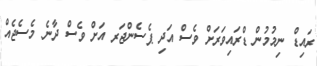
ރައިޑް ނިމުމުން ޑްރައިވަރަށް ވެސް އަދި ޕެސެންޖަރ އަށް ވެސް ދާނެ މެސެޖެއް